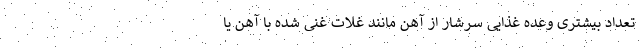
تعداد بیشتری وعده غذایی سرشار از آهن مانند غلات غنی شده با آهن یا